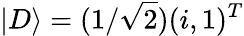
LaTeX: |D\rangle=(1/\sqrt{2})(i,1)^{T}